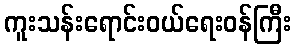
ကူးသန်းရောင်းဝယ်ရေးဝန်ကြီး